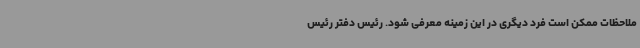
ملاحظات ممکن است فرد دیگری در این زمینه معرفی شود. رئیس دفتر رئیس